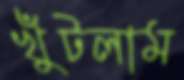
খুঁটলাম